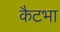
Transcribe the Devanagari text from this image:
कैटभा